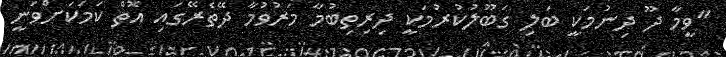
"ވީމާ ދޫ ދިނުމަކީ ބަލި ގަބޫލުކުރުމަކީ ދިރިތިބުމާ މަރުވުމާ ދޭތެރޭގައި އޮތް ކަމަކަށްވަނީ